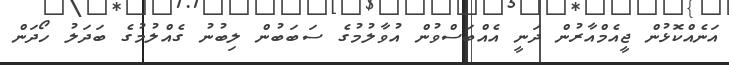
އަނެއްކޮޅުން ޖީއެމްއާރުން ދަނީ އެއްބަސްވުން އުވާލުމުގެ ސަބަބުން ލިބުނު ގެއްލުމުގެ ބަދަލު ހޯދަން